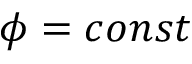
\phi = c o n s t